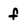
Character: f